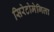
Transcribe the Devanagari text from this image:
सिरेटोमेगिला